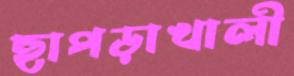
ছাপড়াখালী